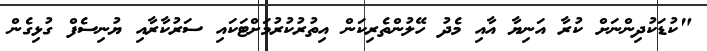
"ކުޑަކުދިންނަށް ކުރާ އަނިޔާ އާއި މެދު ހޭލުންތެރިކަން އިތުރުކުރުމަށްޓަކައި ސަރުކާރާއި ޔުނިސެފް ގުޅިގެން